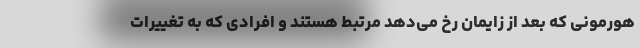
هورمونی که بعد از زایمان رخ می‌دهد مرتبط هستند و افرادی که به تغییرات